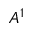
A ^ { 1 }